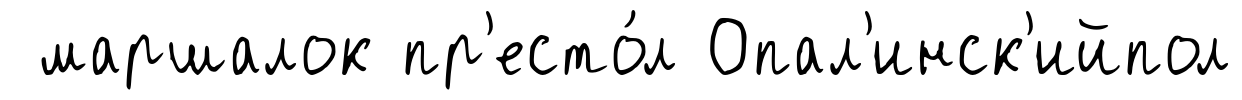
маршалок пр'есто́л Опал'инск'ийпол